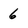
Character: 6